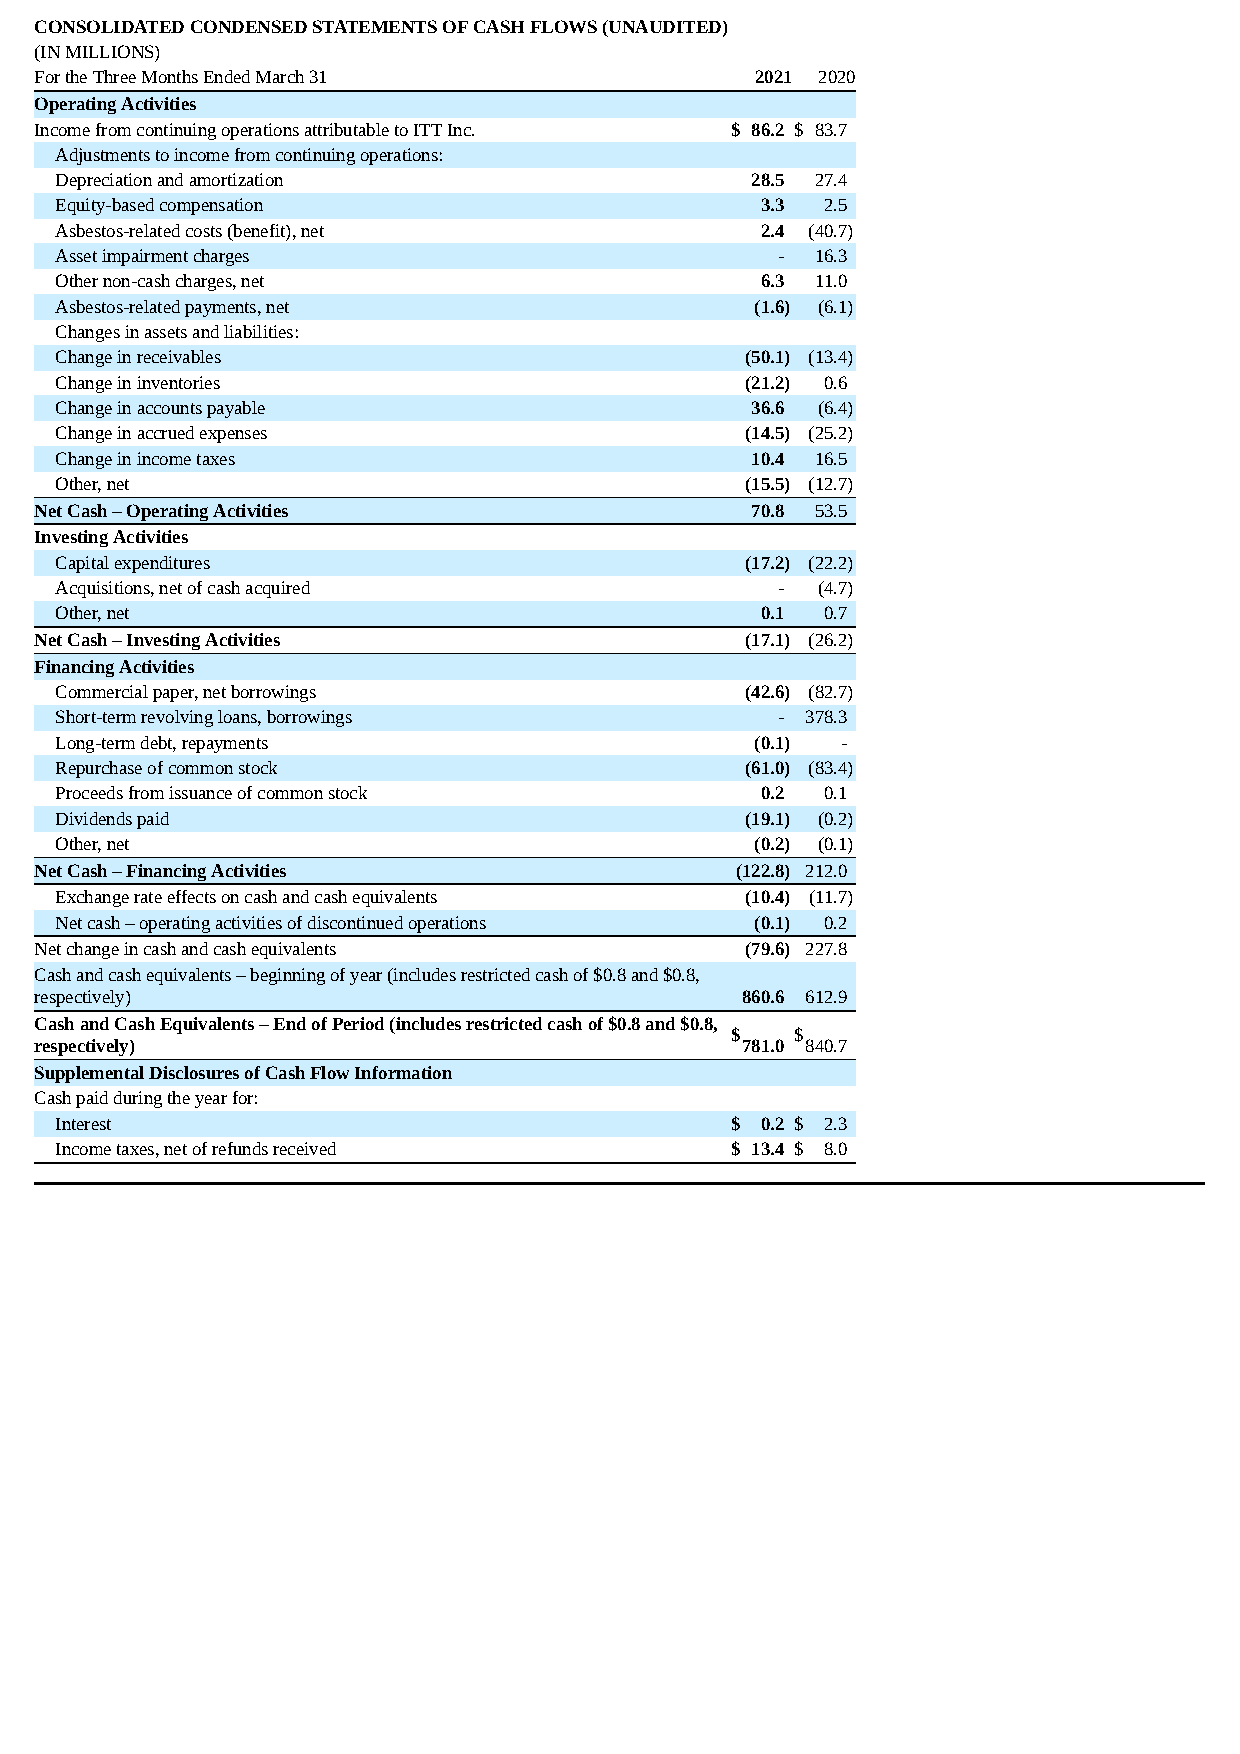
CONSOLIDATED CONDENSED STATEMENTS OF CASH FLOWS (UNAUDITED)
 (IN MILLIONS)
 For the Three Months Ended March 31             2021 2020
 Operating Activities
 Income from continuing operations attributable to ITT Inc. $ 86.2 $ 83.7
 Adjustments to income from continuing operations:
 Depreciation and amortization                 28.5 27.4
 Equity-based compensation                     3.3  2.5
 Asbestos-related costs (benefit), net         2.4 (40.7)
 Asset impairment charges                       -  16.3
 Other non-cash charges, net                   6.3 11.0
 Asbestos-related payments, net                (1.6) (6.1)
 Changes in assets and liabilities:
 Change in receivables                        (50.1) (13.4)
 Change in inventories                        (21.2) 0.6
 Change in accounts payable                    36.6 (6.4)
 Change in accrued expenses                   (14.5) (25.2)
 Change in income taxes                        10.4 16.5
 Other, net                                   (15.5) (12.7)
 Net Cash – Operating Activities                 70.8 53.5
 Investing Activities
 Capital expenditures                         (17.2) (22.2)
 Acquisitions, net of cash acquired             -  (4.7)
 Other, net                                    0.1  0.7
 Net Cash – Investing Activities                (17.1) (26.2)
 Financing Activities
 Commercial paper, net borrowings             (42.6) (82.7)
 Short-term revolving loans, borrowings         - 378.3
 Long-term debt, repayments                    (0.1) -
 Repurchase of common stock                   (61.0) (83.4)
 Proceeds from issuance of common stock        0.2  0.1
 Dividends paid                               (19.1) (0.2)
 Other, net                                    (0.2) (0.1)
 Net Cash – Financing Activities                (122.8) 212.0
 Exchange rate effects on cash and cash equivalents (10.4) (11.7)
 Net cash – operating activities of discontinued operations (0.1) 0.2
 Net change in cash and cash equivalents        (79.6) 227.8
 Cash and cash equivalents – beginning of year (includes restricted cash of $0.8 and $0.8,
 respectively)                                  860.6 612.9
 Cash and Cash Equivalents – End of Period (includes restricted cash of $0.8 and $0.8,
 $    $
 respectively)                                  781.0 840.7
 Supplemental Disclosures of Cash Flow Information
 Cash paid during the year for:
 Interest                                    $ 0.2 $ 2.3
 Income taxes, net of refunds received       $ 13.4 $ 8.0